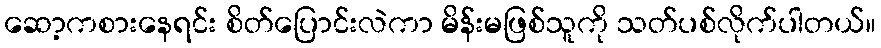
ဆော့ကစားနေရင်း စိတ်ပြောင်းလဲကာ မိန်းမဖြစ်သူကို သတ်ပစ်လိုက်ပါတယ်။